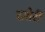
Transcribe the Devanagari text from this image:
टशेरी